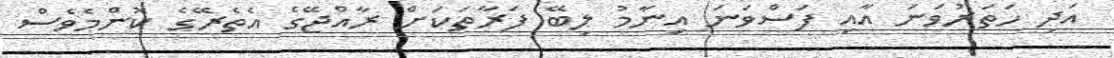
އަދި ހަތަރުވަނަ އާއި ފަސްވަނަ އިނާމު ލިބޭ ފަރާތަކަށް ރާއްޖޭގެ އެތެރޭގެ ކޮންމެވެސް